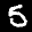
Label: 5